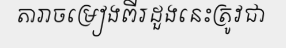
តារាចម្រៀងពីរដួងនេះត្រូវជា